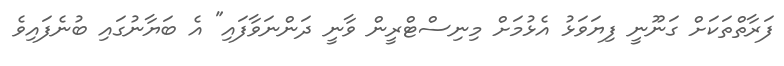
ފަރާތްތަކަށް ގަނޫނީ ފިޔަވަޅު އެޅުމަށް މިނިސްޓްރީން ވާނީ ދަންނަވާފައި" އެ ބަޔާނުގައި ބުނެފައިވެ